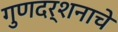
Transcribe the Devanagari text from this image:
गुणदर्शनाचे